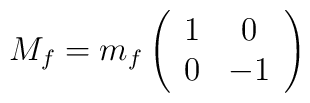
M_f=m_f\left( \begin{array}{cc} 1 & 0 \\ 0 & -1  \end{array} \right)